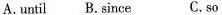
A. until B. since C. so